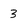
Character: 3